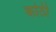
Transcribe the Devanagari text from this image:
कांठीं